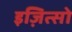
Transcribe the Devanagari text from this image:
इज़ित्सो